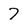
Character: 7